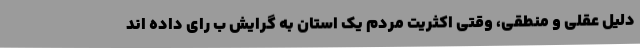
دلیل عقلی و منطقی، وقتی اکثریت مردم یک استان به گرایش ب رای داده اند